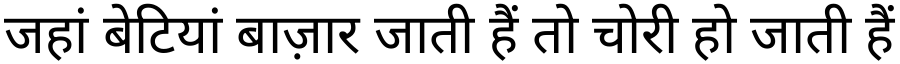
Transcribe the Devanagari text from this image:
जहां बेटियां बाज़ार जाती हैं तो चोरी हो जाती हैं